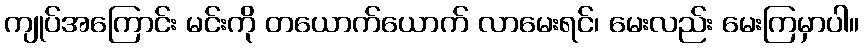
ကျုပ်အကြောင်း မင်းကို တယောက်ယောက် လာမေးရင်၊ မေးလည်း မေးကြမှာပါ။